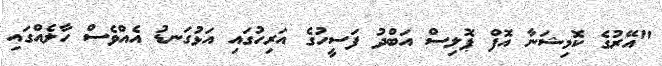
"އޭރުގެ ކޮމިޝަނާ އޮފް ޕޮލިސް އަބްދު ފަސީހުގެ އަރިހުގައި އަޅުގަނޑު އެއްވެސް ހާލެއްގައި